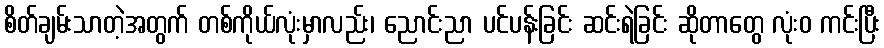
စိတ်ချမ်းသာတဲ့အတွက် တစ်ကိုယ်လုံးမှာလည်း၊ ညောင်းညာ ပင်ပန်းခြင်း ဆင်းရဲခြင်း ဆိုတာတွေ လုံးဝ ကင်းပြီး